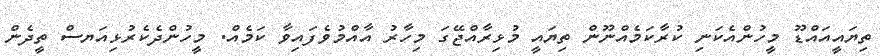
ތިޔައީއައްޑޫ މީހުންއެކަނި ކުރާކަމެއްނޫން ތިޔައީ މުޅިރާއްޖޭގަ މިހާރު އާއްމުވެފައިވާ ކަމެއް. މީހުންދެކެރުޅިއަޔސް ތީދެން